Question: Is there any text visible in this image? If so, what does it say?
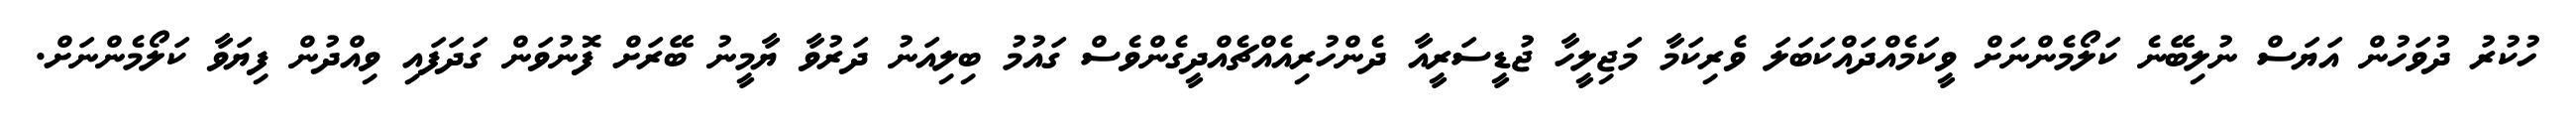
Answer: ހުކުރު ދުވަހުން އަޔަސް ނުލިބޭނެ ކަލޯމެންނަށް ވީކަމެއްދައްކަބަލަ ވެރިކަމާ މަޖިލީހާ ޖުޑީސަރީއާ ދެންހުރިއެއްޗެއްދީގެންވެސް ގައުމު ބިލިއަނު ދަރުވާ ޔާމީނު ބޭރަށް ފޮނުވަން ގަދަފައި ވިއްދުން ފިޔަވާ ކަލޯމެންނަށް.